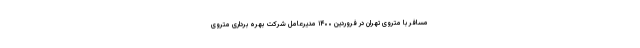
مسافر با متروی تهران در فروردین ۱۴۰۰ مدیرعامل شرکت بهره برداری متروی